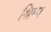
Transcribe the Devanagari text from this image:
श्रिम्‍प